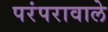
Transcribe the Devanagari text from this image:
परंपरावाले